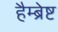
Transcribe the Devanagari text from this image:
हैम्ब्रेष्ट